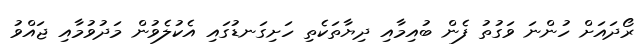
ރޯދައަށް ހުންނަ ވަގުތު ފެން ބުއިމާއި ދިޔާތަކެތި ހަށިގަނޑުގައި އެކުލެވުން މަދުވުމާއި ޖައްވު